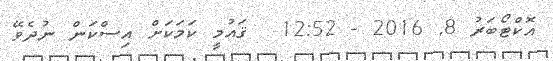
އޮކްޓޯބަރު 8